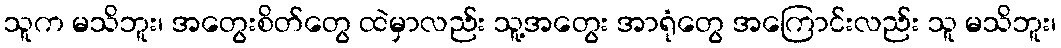
သူက မသိဘူး၊ အတွေးစိတ်တွေ ထဲမှာလည်း သူ့အတွေး အာရုံတွေ အကြောင်းလည်း သူ မသိဘူး၊